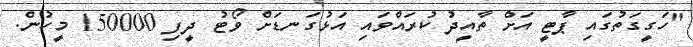
"ހަގީގަތުގައި ޕާޓީ އަށް ތާއީދު ކުރައްވައި އަޅުގަނޑަށް ވޯޓު ދީފި 150000 މީހުން.